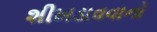
શીખડાવવાનો